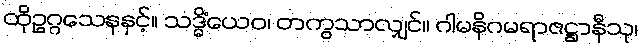
ထိုဥဂ္ဂသေနနှင့်။ သဒ္ဓိံယေဝ၊ တကွသာလျှင်။ ဂါမနိဂမရာဇဋ္ဌာနီသု၊